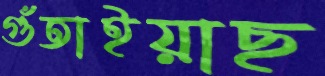
গুঁতাইয়াছ